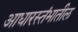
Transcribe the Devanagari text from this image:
आधारस्तंभातील